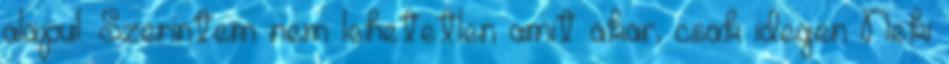
alapul. Szerintem nem lehetetlen amit akar, csak idegen Neki